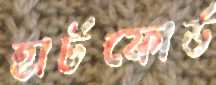
হার্টফোর্ড